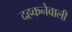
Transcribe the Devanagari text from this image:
दहकनेवाली